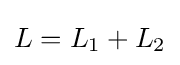
L=L_{1}+L_{2}